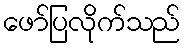
ဖော်ပြလိုက်သည်